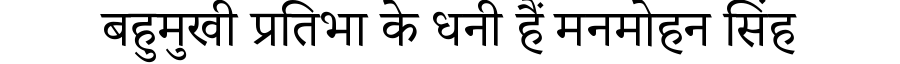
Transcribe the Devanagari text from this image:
बहुमुखी प्रतिभा के धनी हैं मनमोहन सिंह